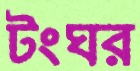
টংঘর